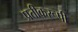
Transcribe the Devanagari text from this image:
प्रतीकरूपी